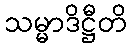
သမ္မာဒိဋ္ဌီတိ